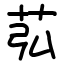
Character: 苰